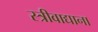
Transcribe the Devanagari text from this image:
स्त्रीवाद्याना